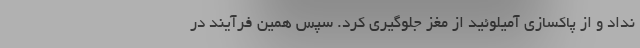
نداد و از پاکسازی آمیلوئید از مغز جلوگیری کرد. سپس همین فرآیند در